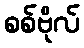
စစ်ဗိုလ်